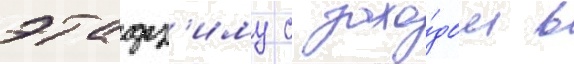
этадз'иму с захо́дом в